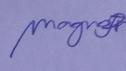
Signature authenticity: genuine